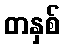
တနှစ်